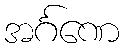
အင်္ဂဏေ